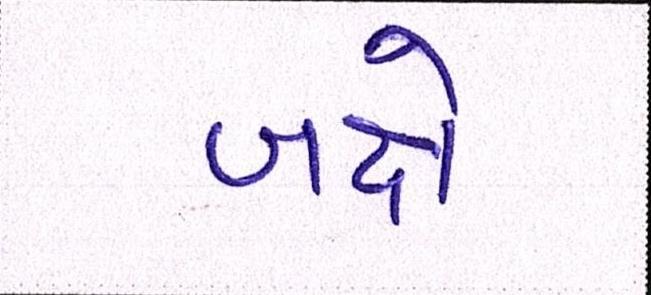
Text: બક્ષે